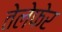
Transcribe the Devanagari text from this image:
तेलेफेर